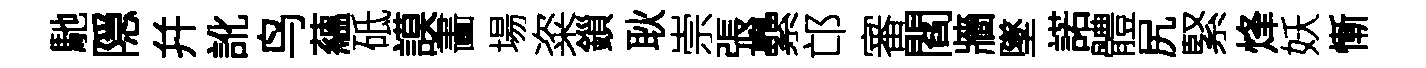
馳隠幷訛鸟蘊砥謨畵場粢鎻耿崇張纍邙審閻牆墜諾體尻緊烽妖慚